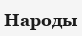
Народы